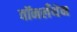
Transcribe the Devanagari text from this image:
वॉनलँथेन